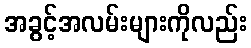
အခွင့်အလမ်းများကိုလည်း